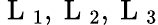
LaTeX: \mathrm{~L~}_{1},\mathrm{~L~}_{2},\mathrm{~L~}_{3}